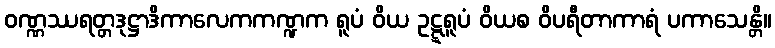
ဝဏ္ဏဿရတ္တဒုဋ္ဌာဒိကာလေကကဏ္ဍက ရူပံ ဝိယ ဥဋ္ဋရူပံ ဝိယစ ဝိပရီတာကာရံ ပကာသေန္တိ။